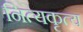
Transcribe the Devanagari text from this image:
नित्यकृत्य